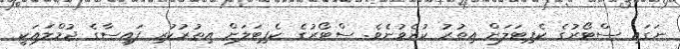
ނަގައި ސްޓޯރުގެ ކެޕިޓަލަށް އިތުރު ކުރެވުނެވެ. ސްޓޯރުގެ ކެޕިޓަލަށް އިތުރުކުރި ފައިސާގެ ޖުމްލައަކީ